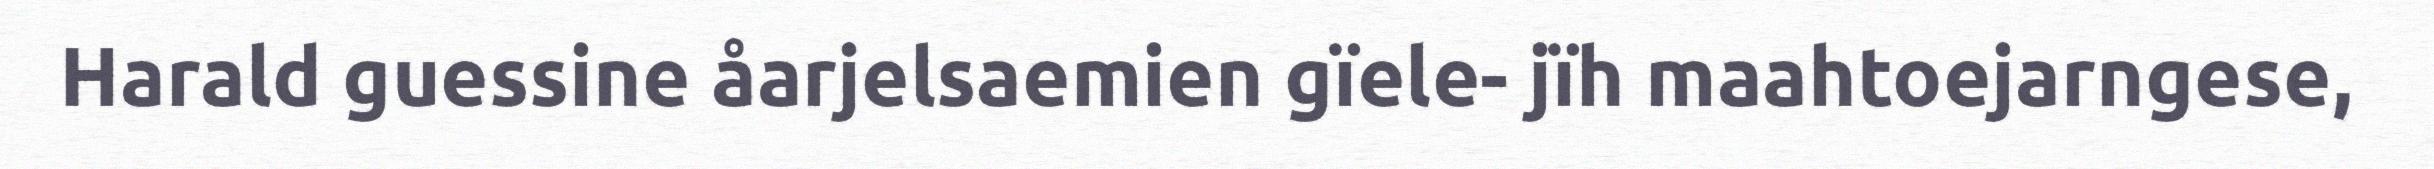
Harald guessine åarjelsaemien gïele- jïh maahtoejarngese,